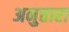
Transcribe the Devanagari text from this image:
अनुत्तारा